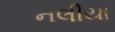
નલીયા